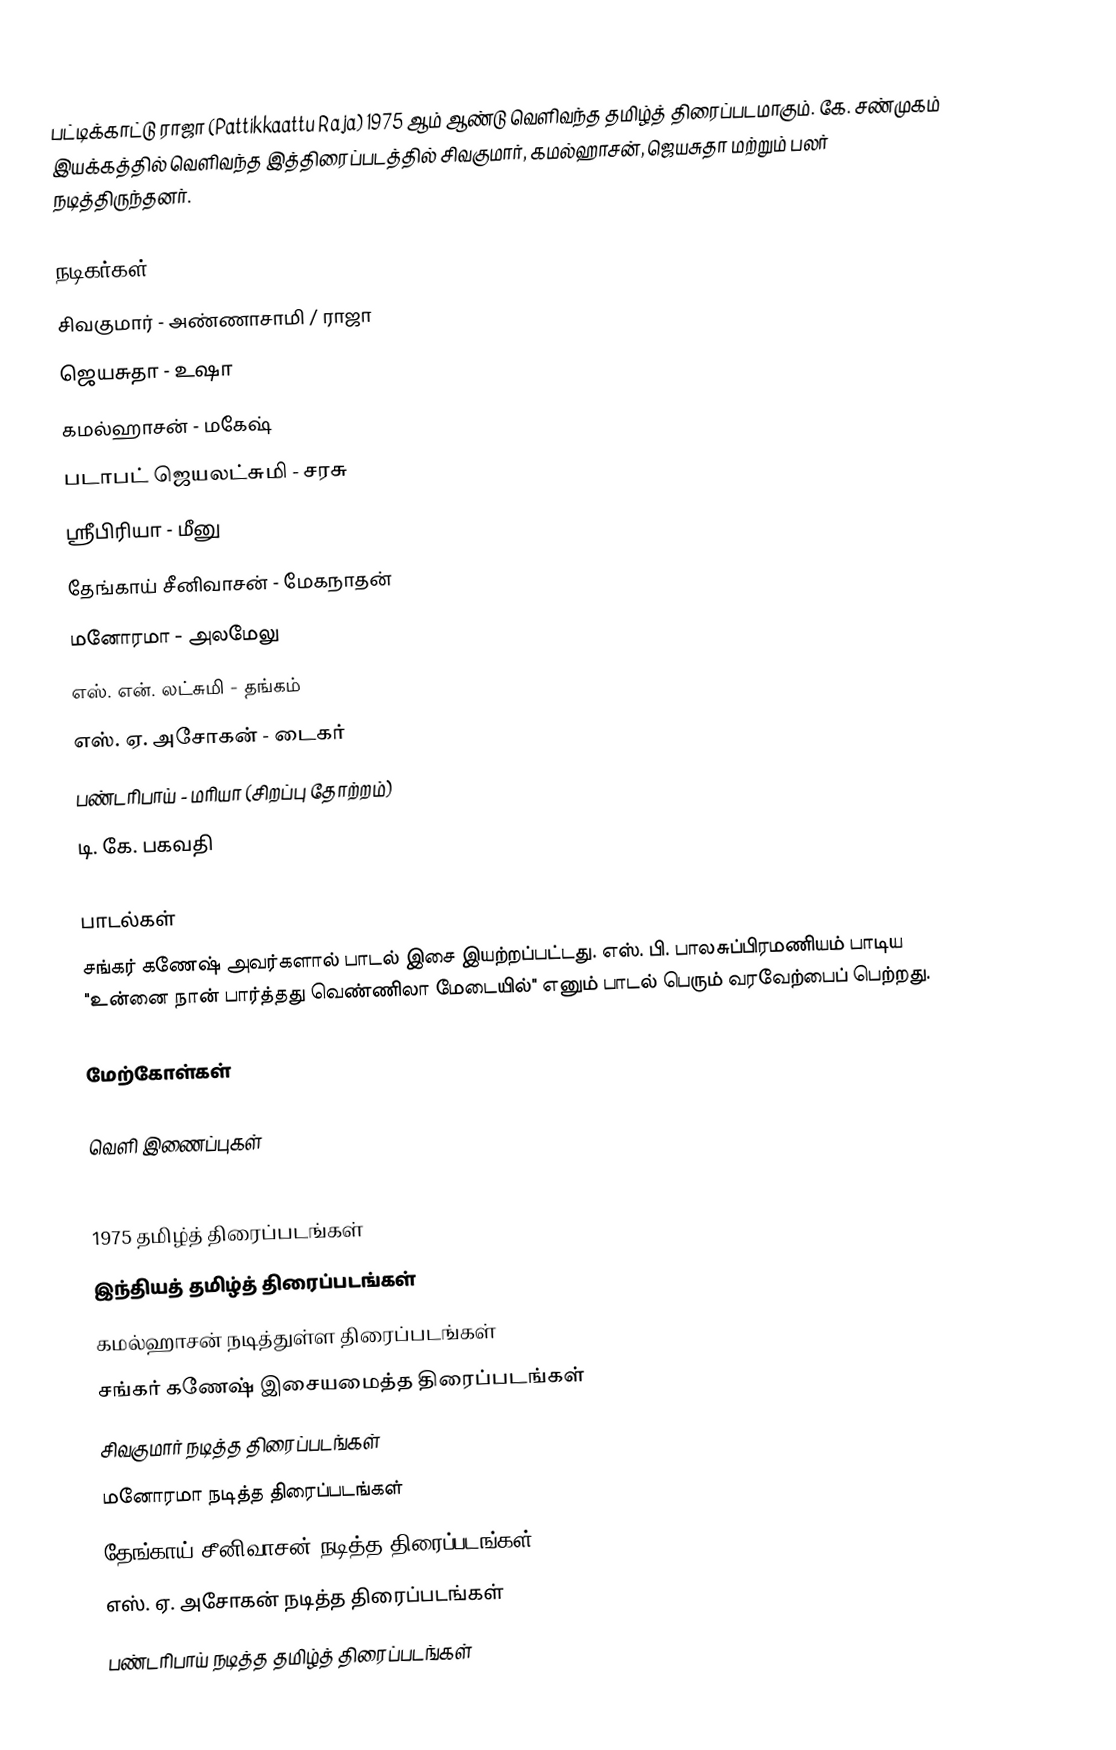
பட்டிக்காட்டு ராஜா (Pattikkaattu Raja) 1975 ஆம் ஆண்டு வெளிவந்த தமிழ்த் திரைப்படமாகும். கே. சண்முகம் இயக்கத்தில் வெளிவந்த இத்திரைப்படத்தில் சிவகுமார், கமல்ஹாசன், ஜெயசுதா மற்றும் பலர் நடித்திருந்தனர்.

நடிகர்கள்
 சிவகுமார் - அண்ணாசாமி / ராஜா
 ஜெயசுதா - உஷா
 கமல்ஹாசன் - மகேஷ்
 படாபட் ஜெயலட்சுமி - சரசு
 ஸ்ரீபிரியா - மீனு
 தேங்காய் சீனிவாசன் - மேகநாதன்
 மனோரமா - அலமேலு
 எஸ். என். லட்சுமி - தங்கம்
 எஸ். ஏ. அசோகன் - டைகர்
 பண்டரிபாய் - மரியா (சிறப்பு  தோற்றம்)
 டி. கே. பகவதி

பாடல்கள்
சங்கர் கணேஷ் அவர்களால் பாடல் இசை இயற்றப்பட்டது. எஸ். பி. பாலசுப்பிரமணியம் பாடிய "உன்னை நான் பார்த்தது வெண்ணிலா மேடையில்" எனும் பாடல் பெரும் வரவேற்பைப் பெற்றது.

மேற்கோள்கள்

வெளி இணைப்புகள்

1975 தமிழ்த் திரைப்படங்கள்
இந்தியத் தமிழ்த் திரைப்படங்கள்
கமல்ஹாசன் நடித்துள்ள திரைப்படங்கள்
சங்கர் கணேஷ் இசையமைத்த திரைப்படங்கள்
சிவகுமார் நடித்த திரைப்படங்கள்
மனோரமா நடித்த திரைப்படங்கள்
தேங்காய் சீனிவாசன் நடித்த திரைப்படங்கள்
எஸ். ஏ. அசோகன் நடித்த திரைப்படங்கள்
பண்டரிபாய் நடித்த தமிழ்த் திரைப்படங்கள்